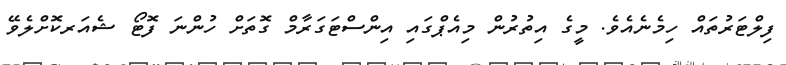
ފިލްޓަރުތައް ހިމެނެއެވެ. މީގެ އިތުރުން މިއެޕްގައި އިންސްޓަގަރާމް ގޮތަށް ހުންނަ ފޮޓޯ ޝެއަރކޮށްލެވޭ